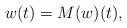
LaTeX: \begin{align*}w(t)=M(w)(t),\end{align*}